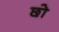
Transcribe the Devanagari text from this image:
छो़